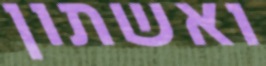
ואשתון